Senior Leaving Certificate, 1943, 1943
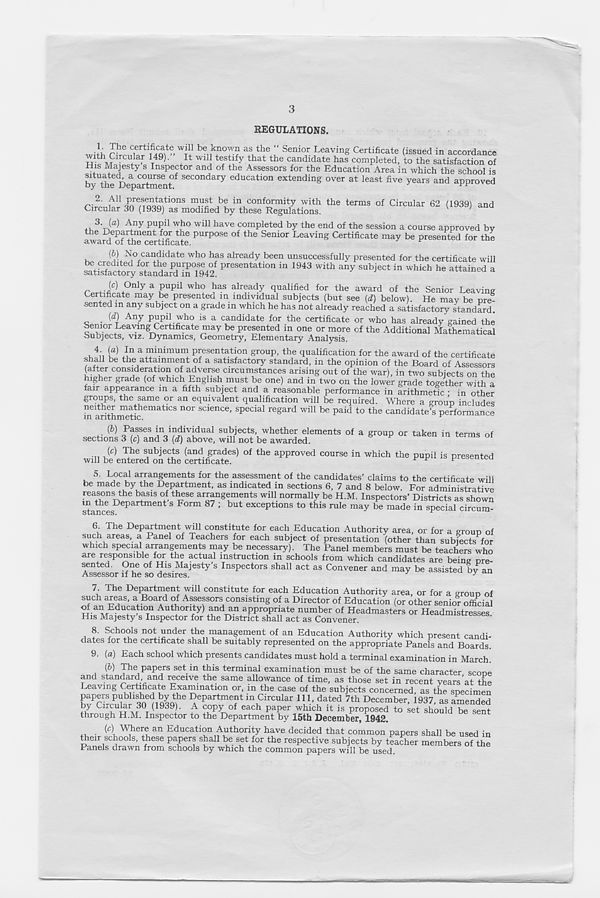
3
REGULATIONS.
L The certificate will be known as the “ Senior Leaving Certificate (issued in accordance
V^2 TCU
+
T
49 ' + It Wl1 ! te /t! fy l hat the candid ate has completed, to the satisfaction of
His Majesty s Inspector and of the Assessors for the Education Area in which the school is
bytht Department^ SeC°ndary ^cation extending over at least five years and approved
2. All presentations must be in conformity with the terms of Circular 62 119391 and
Circular 30 (1939) as modified by these Regulations.
3. (a) Any pupil who will have completed by the end of the session a course approved by
awaS. 6 ©?the^rLficate PUrp°Se °f the Semor Leaving Certificate may be presented for the
(b) No candidate who has already been unsuccessfully presented for the certificate will
P “ tion in 1943 with “y
“ which he attained a
r + .J C ) °n l y a pnpd wh e Jas already qualified for the award of the Senior Leaving
Certificate may be presented m individual subjects (but see {d) below). He mav be pre-
sented m any subject on a grade in which he has not already reached a satisfactory standard.
(d) Any pupil who is a candidate for the certificate or who has already gained the
Senior Leaving Certificate may be presented in one or more of the Additional Mathematical
Subjects, viz. Dynamics, Geometry, Elementary Analysis.
vA P In a minimum presentation group, the qualification for the award of the certificate
shall be the attainment of a satisfactory standard, in the opinion of the Board of Assessors
(after consideration of adverse circumstances arising out of the war), in two subjects on the
ngher grade (of which English must be one) and in two on the lower grade together with a
fair appearance in a fifth subject and a reasonable performance in arithmetic • in other
groups, the same or an equivalent qualification wdll be required. Where a group includes
neither mathematics nor science, special regard will be paid to the candidate’s performance
in arithmetic.
^
{b) Passes in individual subjects, whether elements of a group or taken in terms of
sections 3 (c) and 3 (d) above, will not be awarded.
P
S °f
(c) The subjects (and grades) of the approved course in which the pupil is presented
will be entered on the certificate.
F
5. Local arrangements for the assessment of the candidates’ claims to the certificate will
be made by the Department, as indicated in sections 6, 7 and 8 below. For administrative
reasons the basis of these arrangements will normally be H.M. Inspectors’ Districts as shown
stances ePartment S F°rm 87 1 ^ exceptions to this rule raa y be made in special circum
6. The Department will constitute for each Education Authority area, or for a group of
such areas, a Panel of Teachers for each subject of presentation (other than subjects for
which special arrangements may be necessary). The Panel members must be teachers who
are responsible for the actual instruction in schools from which candidates are being pre-
lessor Sheso^sires 1 y S
PeCt°rS Sha "
38 C°nVener and may be assisted by “
7 The Department will constitute for each Education Authority area, or for a group of
such areas, a Board of Assessors consisting of a Director of Education (or other senior official
Aut bonty) and an appropriate number of Headmasters or Headmistresses
His Majesty s Inspector for the District shall act as Convener.
8. Schools not under the management of an Education Authority which present candi-
dates for the certificate shall be suitably represented on the appropriate Panels and Boards.
9. {a) Each school which presents candidates must hold a terminal examination in March.
(b) The papers set in this terminal examination must be of the same character scope
and standard and receive the same allowance of time, as those set in recent years at the
Leaving Certificate Examination or, in the case of the subjects concerned as the specimen
bv^cuw’fnilQU °eP artme . nt in Circular 111, dated 7th December, 1937, as amended
by Circular 30 (1939). A copy of each paper which it is proposed to set should be sent
through H.M. Inspector to the Department by 15th December, 1942.
1
^ ■ (C 1 W^eT l an Education Authority have decided that common papers shall be used in
their scnools, these papers shall be set for the respective subjects by teacher members of the
Panels drawn from schools by which the common papers will be used.